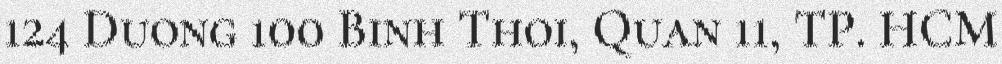
124 Duong 100 Binh Thoi, Quan 11, TP. HCM